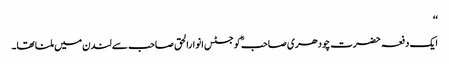
‘‘
ایک دفعہ حضرت چودھری صاحبؓ کو جسٹس انوارالحق صاحب سے لندن میں ملنا تھا۔